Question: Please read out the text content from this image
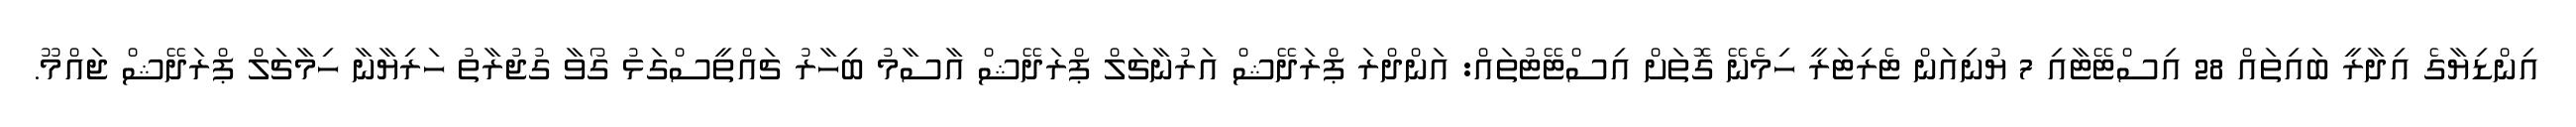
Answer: އިންޑިޔާގެ އިދާރީ ބައިތައް 28 އިސްޓޭޓާއި 7 ޔުނިއަން ޓެރިޓަރީ ހިމެނޭ ގޮތަށް އިސްޓޭޓުތައް: އަންދްރަ ޕްރަދޭޝް އަރުނާޗަލް ޕްރަދޭޝް އާސާމު ބިހާރު ޗައްތީސްގަޅު ގޯވާ ގުޖުރާތު ހަރިޔާނާ ހިމާޗަލް ޕްރަދޭޝް ޖައްމޫ.